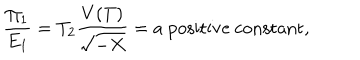
\frac { \Pi _ { 1 } } { E _ { 1 } } = T _ { 2 } \frac { V ( T ) } { \sqrt { - X } } = \mathrm { a ~ p o s i t i v e ~ c o n s t a n t } ,